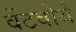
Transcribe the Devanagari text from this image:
वेंटवोर्थ